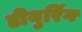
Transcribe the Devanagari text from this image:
डीयुरिंग